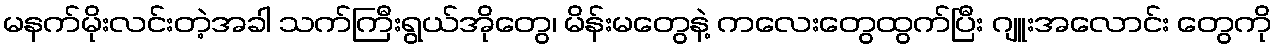
မနက်မိုးလင်းတဲ့အခါ သက်ကြီးရွယ်အိုတွေ၊ မိန်းမတွေနဲ့ ကလေးတွေထွက်ပြီး ဂျူးအလောင်း တွေကို